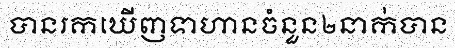
បានរកឃើញទាហានចំនួន២នាក់បាន